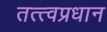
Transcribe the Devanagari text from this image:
तत्त्वप्रधान